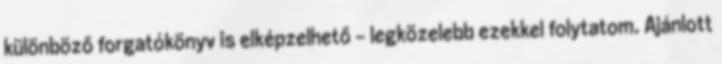
különböző forgatókönyv is elképzelhető - legközelebb ezekkel folytatom. Ajánlott